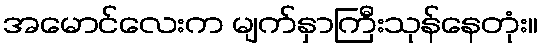
အမောင်လေးက မျက်နှာကြီးသုန်နေတုံး။